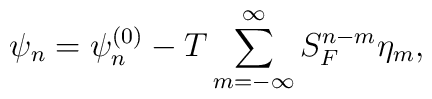
\psi _n=\psi _n^{\left( 0\right) }-T\sum_{m=-\infty }^\infty S_F^{n-m}\eta_m,